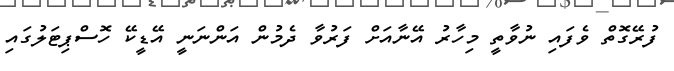
ފުރޭގޮތް ވެފައި ނުވާތީ މިހާރު އޭނާއަށް ފަރުވާ ދެމުން އަންނަނީ އޭޑީކޭ ހޮސްޕިޓަލުގައި